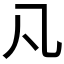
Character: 𠁽